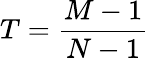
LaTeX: T=\frac{M-1}{N-1}